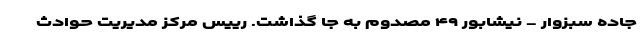
جاده سبزوار - نیشابور ۴۹ مصدوم به جا گذاشت. رییس مرکز مدیریت حوادث